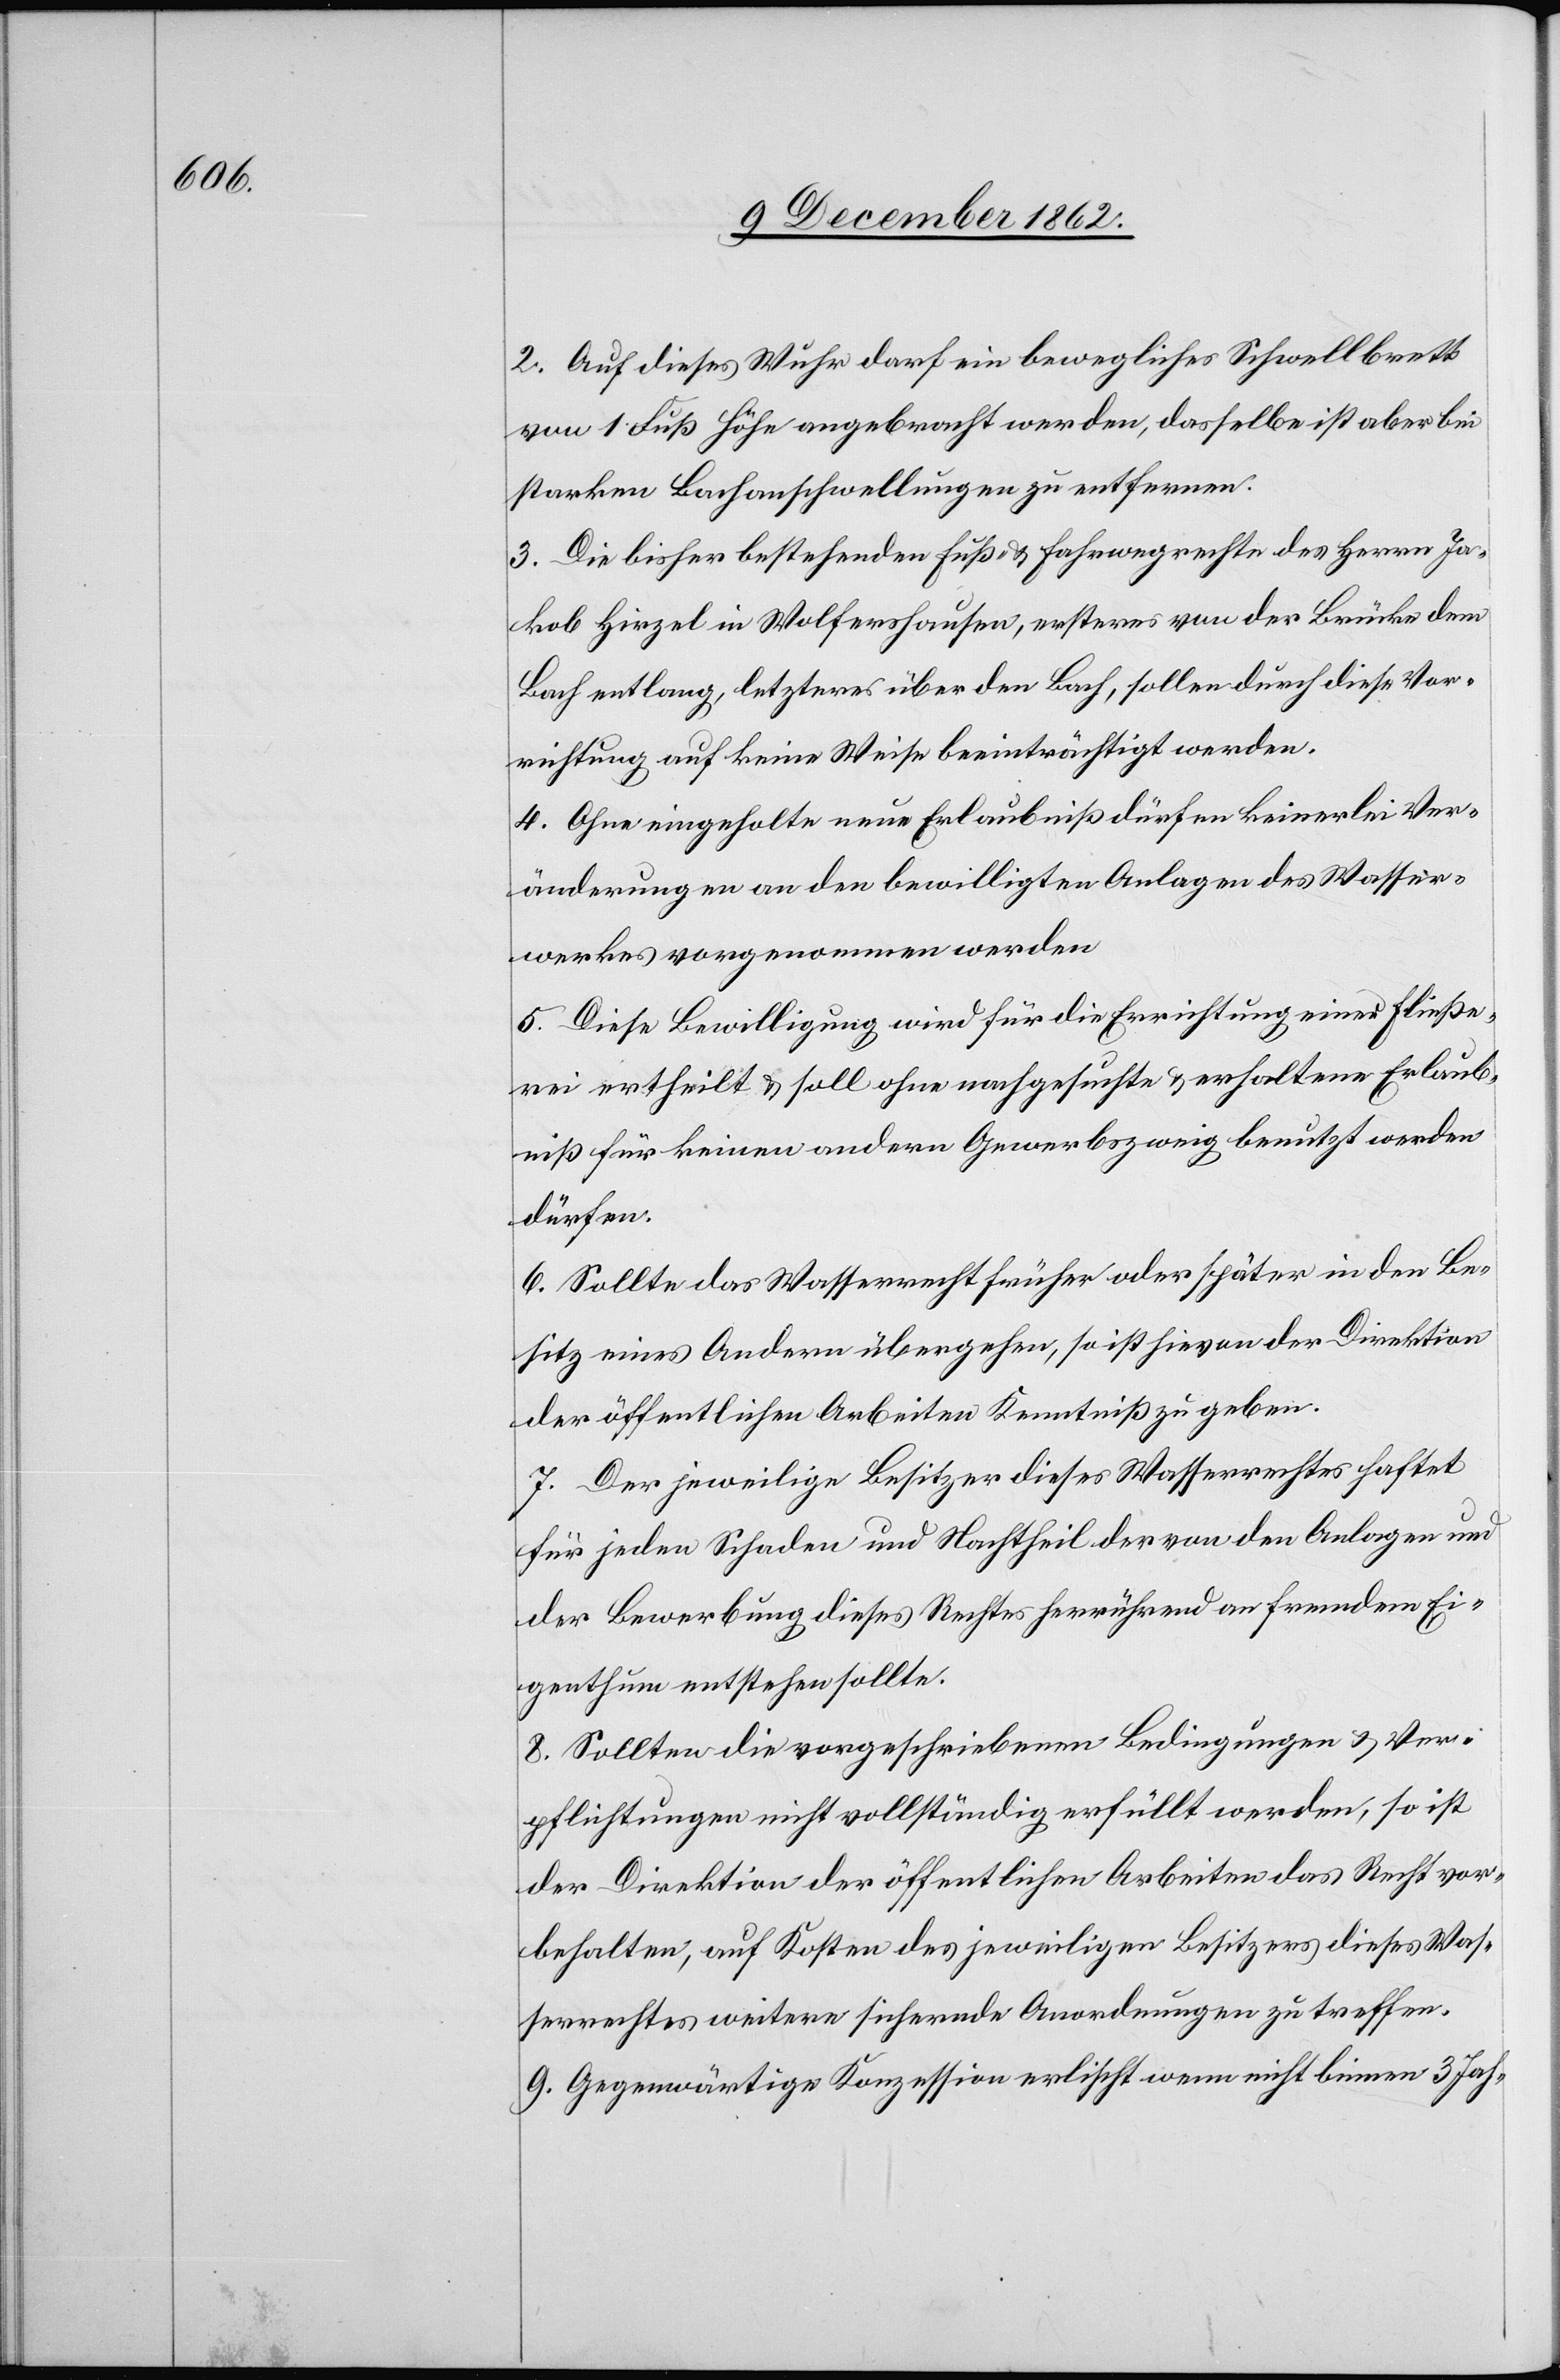
2. Auf dieses Wuhr darf ein bewegliches Schwellbrett
von 1 Fuß Höhe angebracht werden, dasselbe ist aber bei
starken Bachanschwellungen zu entfernen.
3. Die bisher bestehenden Fuß- u. Fahrwegrechte des Herrn Ja¬
kob Hirzel in Wolfershausen, ersteres von der Brücke dem
Bach entlang, letzteres über den Bach, sollen durch diese Vor¬
richtung auf keine Weise beeinträchtigt werden.
4. Ohne eingeholte neue Erlaubniß dürfen keinerlei Ver¬
änderungen an den bewilligten Anlagen des Wasser¬
werkes vorgenommen werden.
5. Diese Bewilligung wird für die Errichtung einer Fließe¬
rei ertheilt u. soll ohne nachgesuchte u. erhaltene Erlaub¬
niß für keinen andern Gewebszweig benutzt werden
dürfen.
6. Sollte das Wasserrecht früher oder später in den Be¬
sitz eines Andern übergehen, so ist hievon der Direktion
der öffentlichen Arbeiten Kenntniß zu geben.
7. Der jeweilige Besitzer dieses Wasserrechtes haftet
für jeden Schaden und Nachtheil der von den Anlagen und
der Bewerbung dieses Rechtes herrührend an fremdem Ei¬
genthum entstehen sollte.
8. Sollten die vorgeschriebenen Bedingungen u. Ver¬
pflichtungen nicht vollständig erfüllt werden, so ist
der Direktion der öffentlichen Arbeiten das Recht vor¬
behalten, auf Kosten des jeweiligen Besitzers dieses Was¬
serrechtes weitere sichernde Anordnungen zu treffen.
9. Gegenwärtige Konzession erlischt wenn nicht binnen 3 Jah-